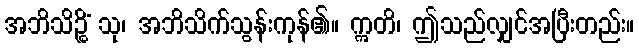
အဘိသိဉ္စိံ သု၊ အဘိသိက်သွန်းကုန်၏။ ဣတိ၊ ဤသည်လျှင်အပြီးတည်း။